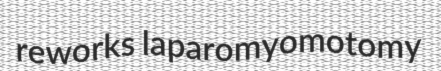
reworks laparomyomotomy